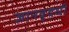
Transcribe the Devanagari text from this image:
ज्ञानवृद्धी